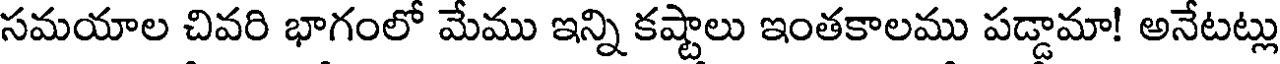
సమయాల చివరి భాగంలో మేము ఇన్ని కష్టాలు ఇంతకాలము పడ్డామా! అనేటట్లు